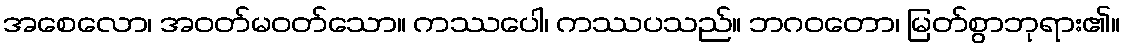
အစေလော၊ အဝတ်မဝတ်သော။ ကဿပေါ၊ ကဿပသည်။ ဘဂဝတော၊ မြတ်စွာဘုရား၏။